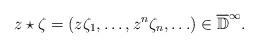
LaTeX: \begin{align*}z\star\zeta=(z \zeta_1,\ldots,z^n \zeta_n,\ldots)\in\overline{\mathbb{D}}^\infty.\end{align*}